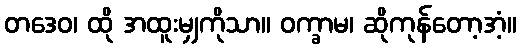
တဒေဝ၊ ထို အထူးမျှကိုသာ။ ဝက္ခာမ၊ ဆိုကုန်တော့အံ့။